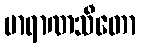
ဗာရာဏသီတော